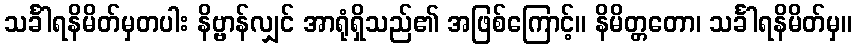
သင်္ခါရနိမိတ်မှတပါး နိဗ္ဗာန်လျှင် အာရုံရှိသည်၏ အဖြစ်ကြောင့်။ နိမိတ္တတော၊ သင်္ခါရနိမိတ်မှ။